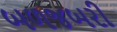
બળજબરી